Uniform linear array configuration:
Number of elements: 24
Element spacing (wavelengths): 0.5
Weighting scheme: blackman
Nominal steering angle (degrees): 15
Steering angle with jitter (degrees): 13.194
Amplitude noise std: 0.05
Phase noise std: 0.05

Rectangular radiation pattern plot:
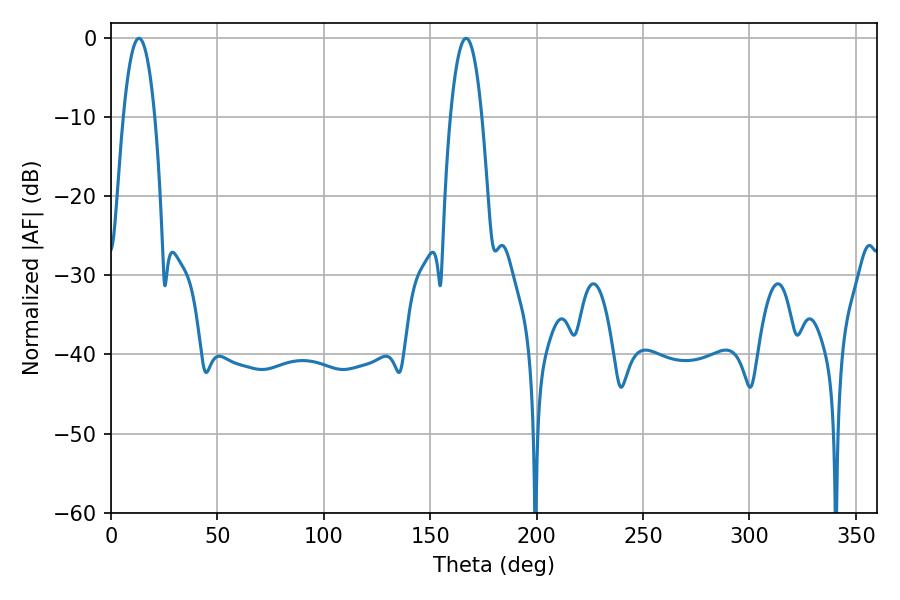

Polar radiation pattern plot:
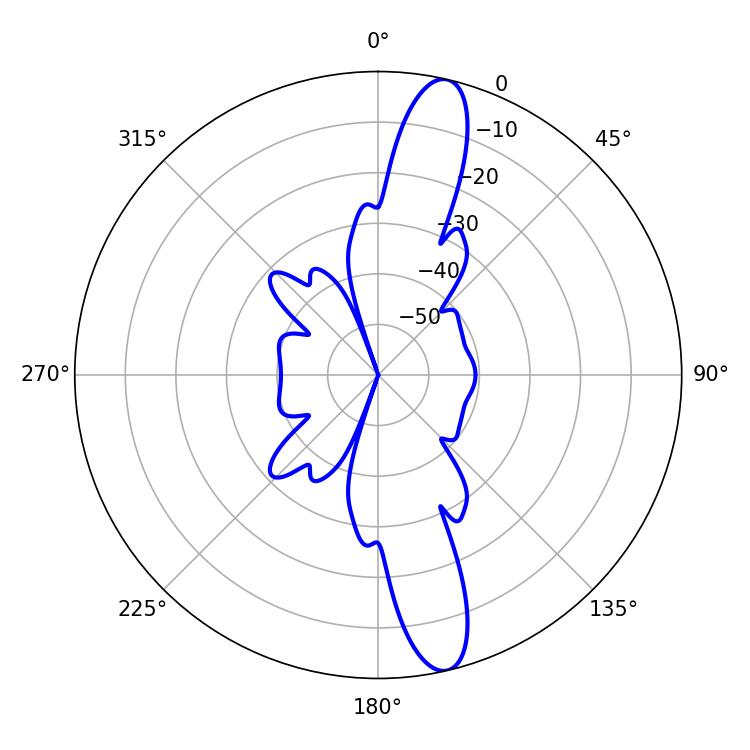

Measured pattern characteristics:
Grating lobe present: FALSE
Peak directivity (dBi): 14.589
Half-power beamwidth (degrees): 8.28
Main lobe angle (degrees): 13.14